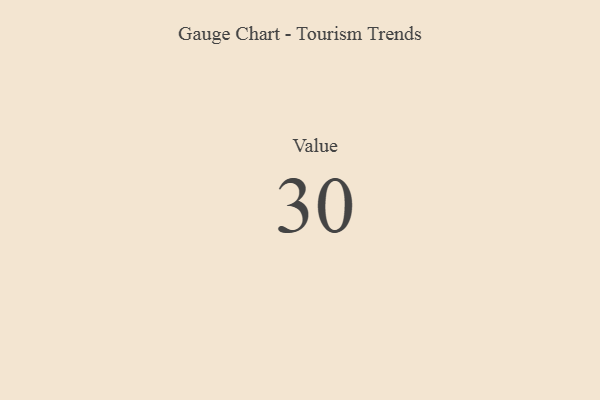
{"axis": {"x": "Metric", "y": "Value"}, "legend": [""], "data": [{"x": "Value", "y": 30, "type": ""}]}